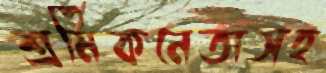
শ্রমিকনেতাসহ